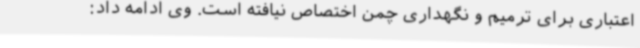
اعتباری برای ترمیم و نگهداری چمن اختصاص نیافته است. وی ادامه داد: